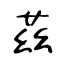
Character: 茲